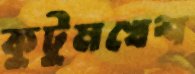
কুটুমখেশ